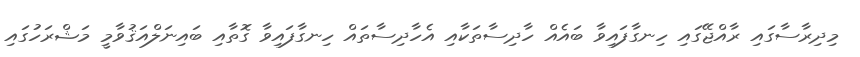
މިދިރާސާގައި ރާއްޖޭގައި ހިނގާފައިވާ ބައެއް ހާދިސާތަކާއި އެހާދިސާތައް ހިނގާފައިވާ ގޮތާއި ބައިނަލްއަޤުވާމީ މަޝްރަހުގައި